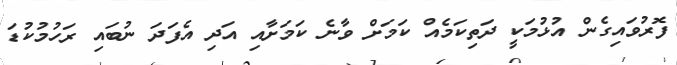
ފޮރުވައިގެން އުޅުމަކީ ދަތިކަމެއް ކަމަށް ވާނެ ކަމަށާއި އަދި އެފަދަ ނުބައި ރަހުމުކުޑަ